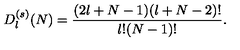
D _ { l } ^ { ( s ) } ( N ) = \frac { ( 2 l + N - 1 ) ( l + N - 2 ) ! } { l ! ( N - 1 ) ! } .